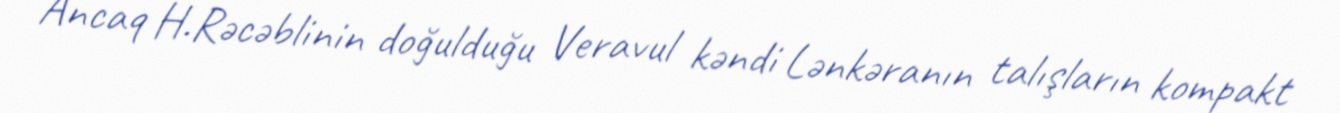
Ancaq H.Rəcəblinin doğulduğu Veravul kəndi Lənkəranın talışların kompakt